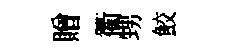
贈衢甥鮫